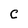
Character: C